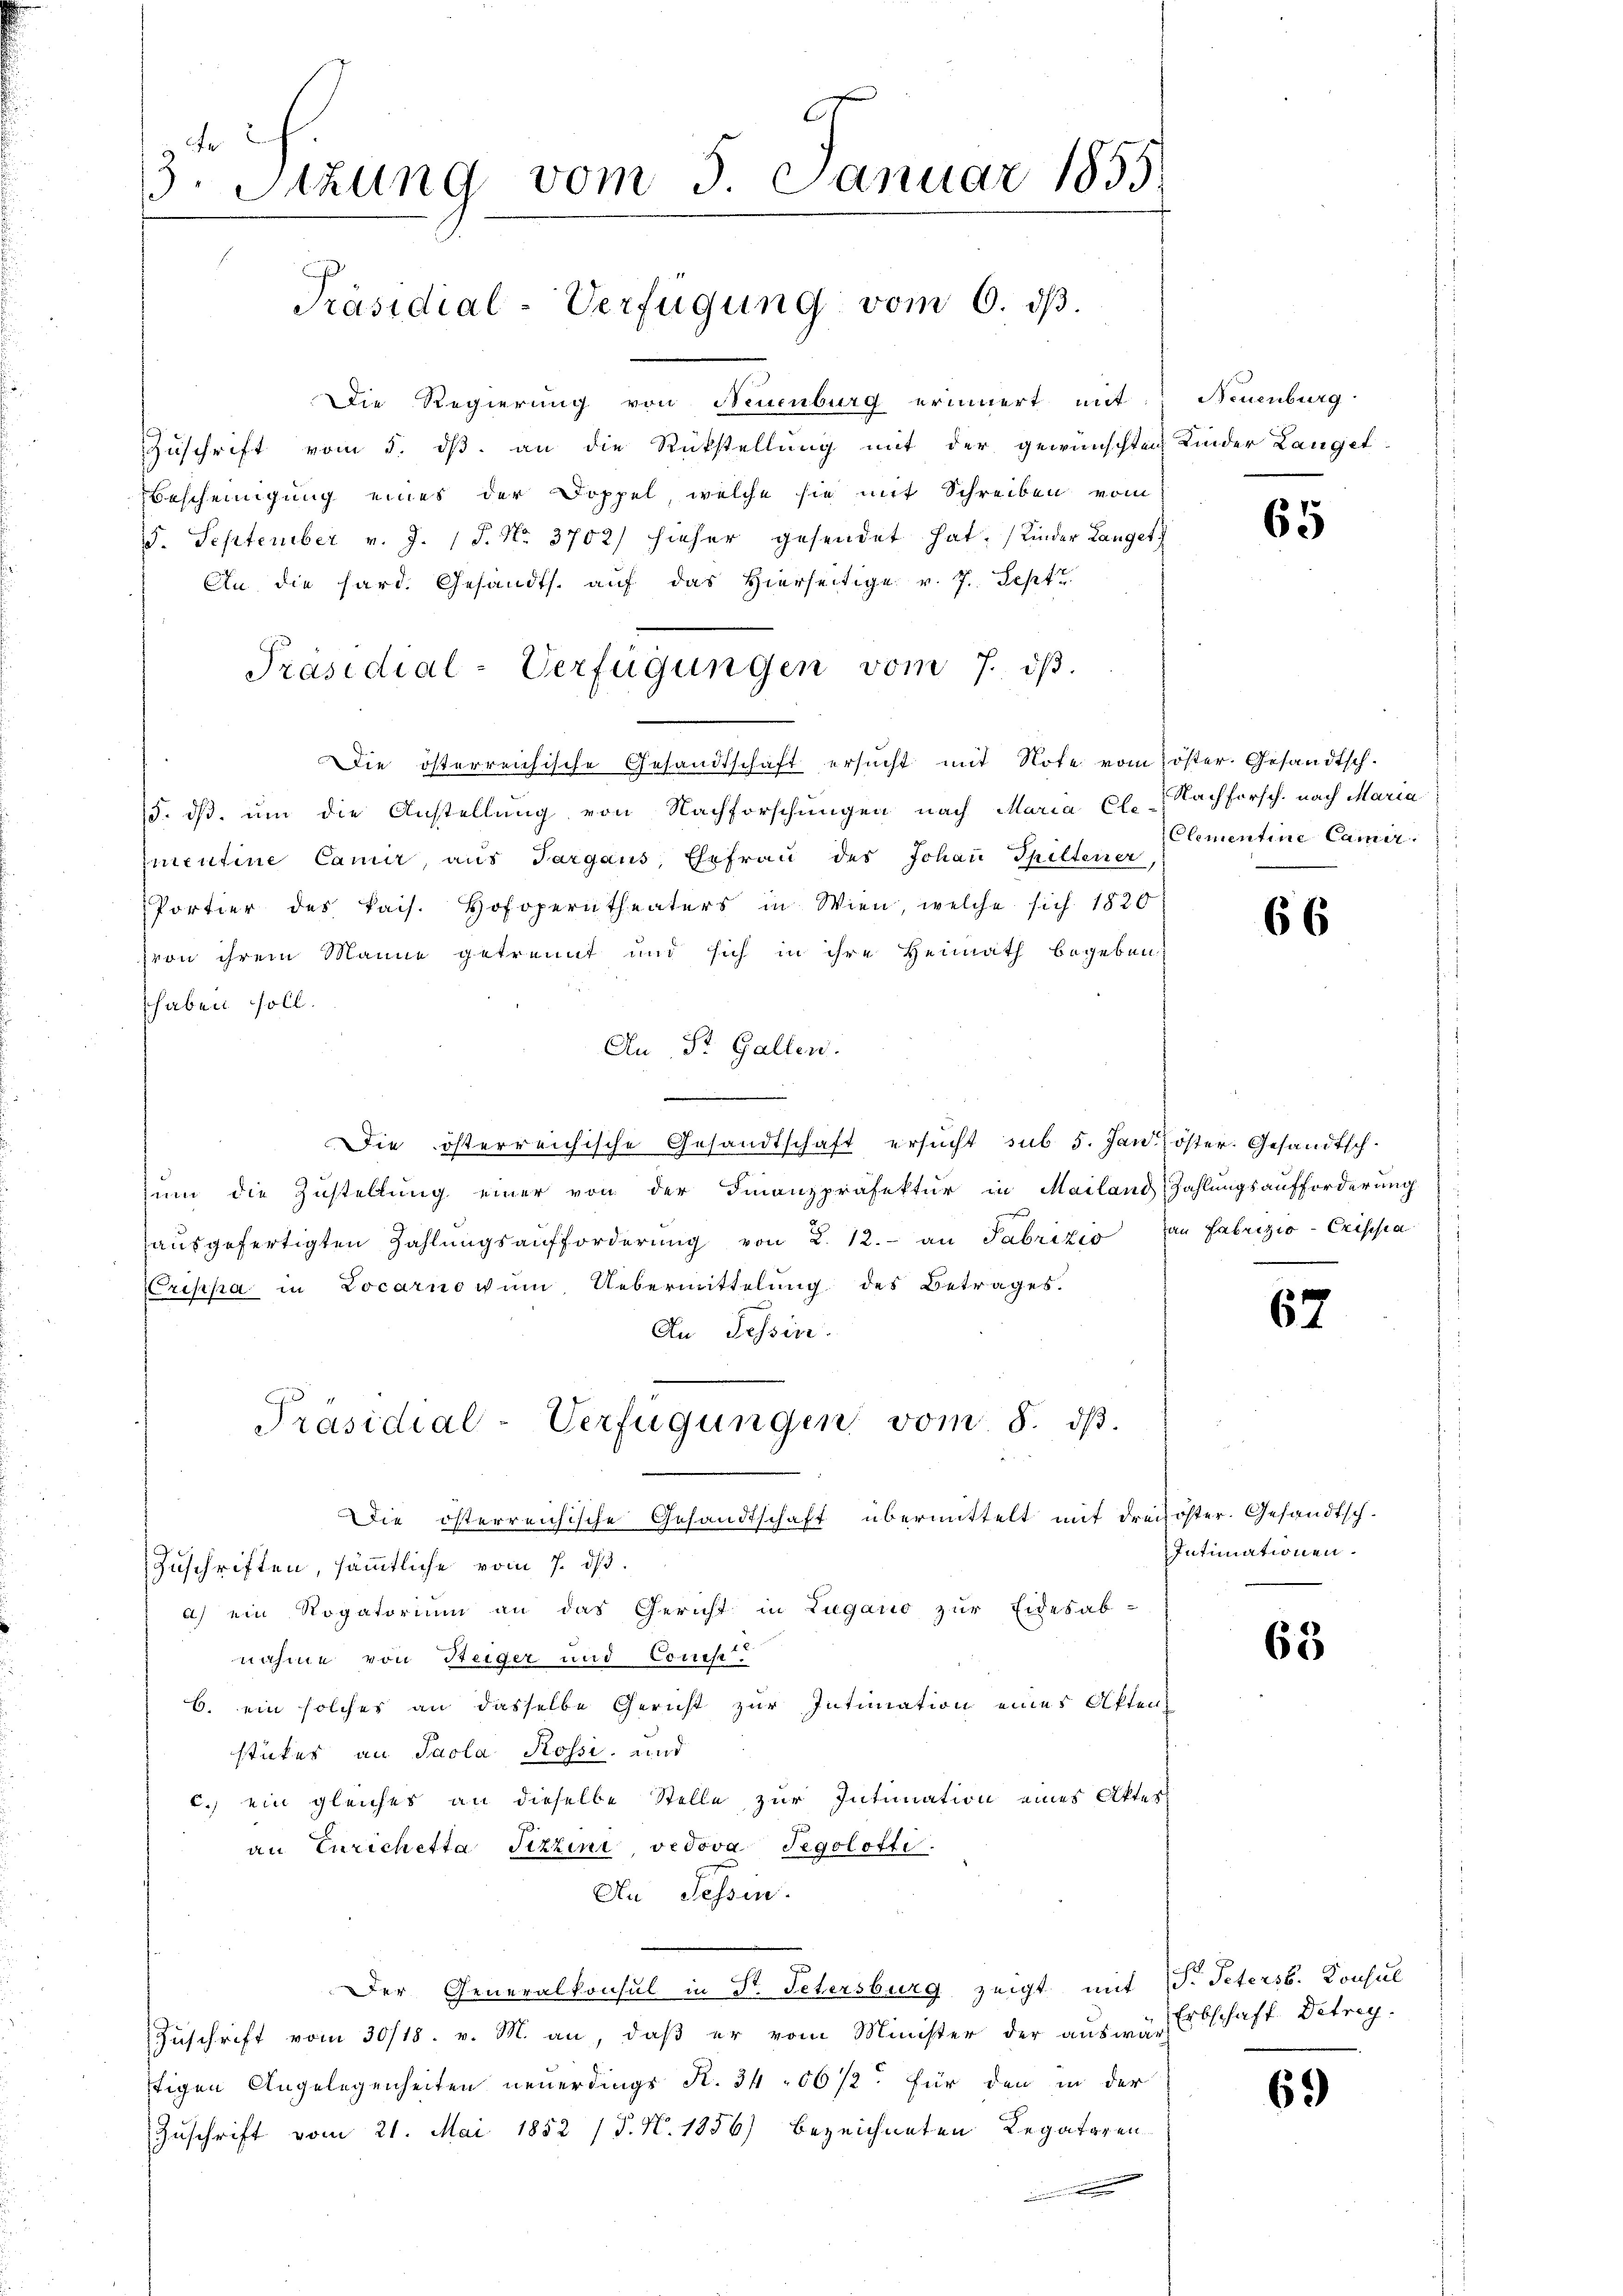
3 Fr
3. Sitzung vom 3. Januar 1855.
Präsidial-Verfügung vom 6. ds.

Präsidial-Verfügungen vom 7. dβ.

Die Regierung von Neuenburg erinnert mit
Zuschrift vom 5. ds. an die Rückstellung mit der gewünschten Kinder Langet
Bescheinigung eines der Doppel, welche sie mit Schreiben vom
15. September v. J. 18. No. 3702) hieher gesendet hat. (Kinder Langet
An die hard. Gesandts. auf das Hierseitige v. 7. Sept.
Die österreichische Gesandtschaft ersucht mit Note vom öster. Gesandtsch.
15. dβ. ŭm die Anstellung von Nachforschungen nach Maria Cl. Nachforsch. nach Maria
imentine Camer, aus Targaus, Ehefraŭ des Johaṅ Spiltener,
Portier des kais. Hofoperntheaters in Wien, welche sich 1820
zvon ihrem Manne getrennt und sich in ihre Heimath begeben,
haben soll.
An St. Gallen.
Die österreichische Gesandtschaft ersucht sub 5. Janröster. Gesandtschzum die Zustellung einer von der Finanzpräfektur in Mailand Zahlungsaufforderung
aŭsgefertigten Zahlŭngsaufforderŭng von 2. 12. an Fabrizio dan Fabrizio-Crischia
Crippa in Locarnovum, Uebermittelung des Betrages.
An Tessin.
Präsidial-Verfügungen vom 8. ds.
Die österreichische Gesandtschaft übermittelt mit dreisoster. Gesandtsch¬
Zuschriften, sämmtliche vom 7. ds.
a) ein Rogatorium an das Gericht in Lugano zur Eidesab-
nahme von Steiger und Correst
b. ein solches an dasselbe Gericht zur Intimation einer Akten
stückes an Paola Rossi, und
c. ein gleiches an dieselbe Stelle zur Intimation eines Aktes
an Eurichetta Pizzini, vedova Tegolötti.
An Tessin.
Der Generalkonsul in Dr. Petersburg zeigt mit (S. Peters. Consul
Zuschrift vom 30/18. v. M. an, daß er vom Minister der auswar Erbschaft Detrag-
stigen Angelegenheiten neuerdings R. 34 56 1/2 für den in der
Zuschrift vom 21. Mai 1852 (T. N. 1856) bezeichneten Legatoren

e

Neuenburg

65

Clementine Camer.

66

67

Intimationen.

63

69)